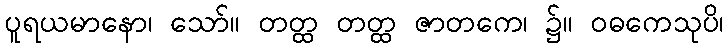
ပူရယမာနော၊ သော်။ တတ္ထ တတ္ထ ဇာတကေ၊ ၌။ ဝဓကေသုပိ၊